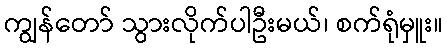
ကျွန်တော် သွားလိုက်ပါဦးမယ်၊ စက်ရုံမှူး။